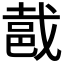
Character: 𨚵